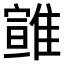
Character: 𩀈